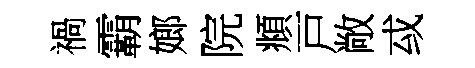
禍霸嫏院頫戸敞㦯